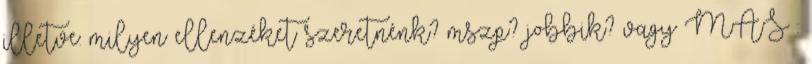
illetve: milyen ellenzéket szeretnénk? mszp? jobbik? vagy MÁS :